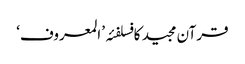
قرآن مجید کا فسلفئہ ’المعروف‘